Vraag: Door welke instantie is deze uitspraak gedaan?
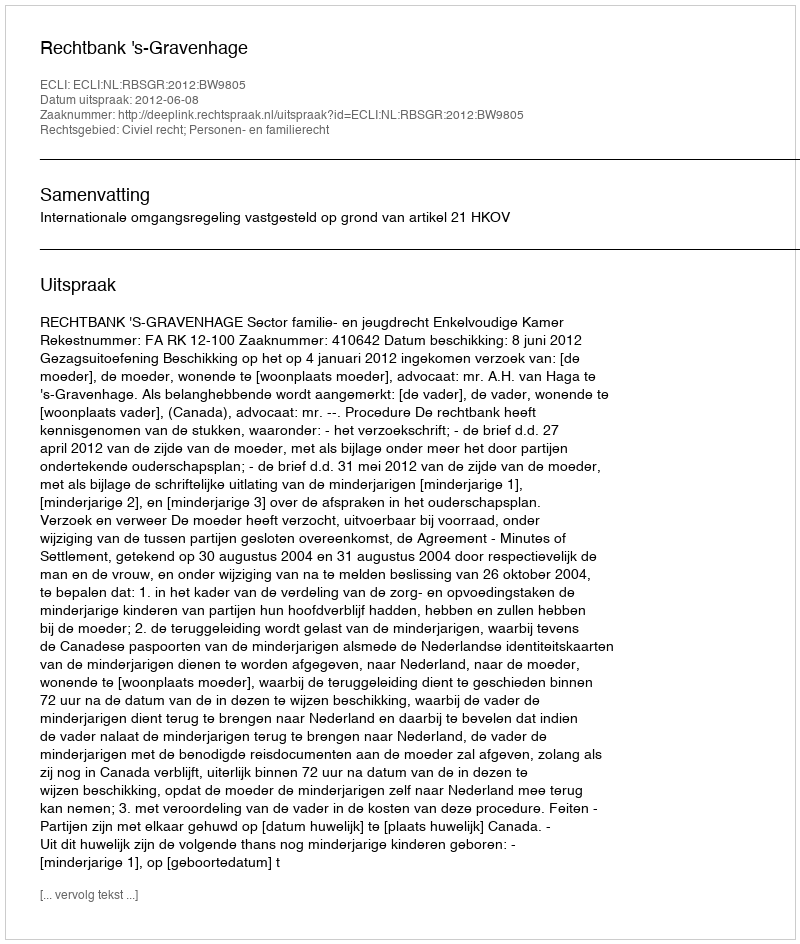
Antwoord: Rechtbank 's-Gravenhage